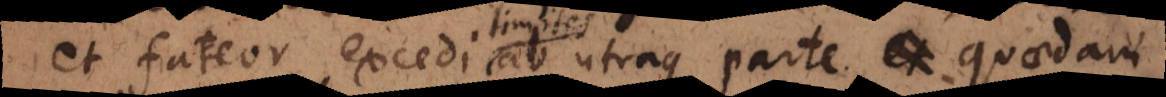
et fateor excedi limites ab utraque parte, quaedam